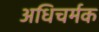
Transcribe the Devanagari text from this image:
अधिचर्मक